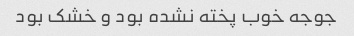
جوجه خوب پخته نشده بود و خشک بود